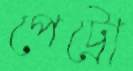
পেট্রো